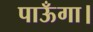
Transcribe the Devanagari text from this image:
पाऊँगा।